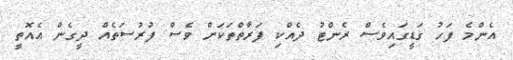
އެންމެ ފަހު ގަޑީގައިވެސް ރެންޓު ދެއްކި ފަރާތްތަކަށް ވެސް ފުރުސަތެއް ދީގެން އެއޮތީ